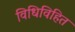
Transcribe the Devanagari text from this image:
विधिविहित